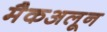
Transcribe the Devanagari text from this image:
मैकअलून